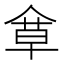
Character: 𠌓